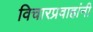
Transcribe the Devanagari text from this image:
विचारप्रवाहांनी